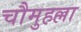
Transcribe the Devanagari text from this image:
चौमुहल्ला